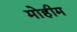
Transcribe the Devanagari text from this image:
मोेहीम